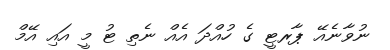
ނުވާނެއޭ ޕާރޓީ ގެ ހުއްދަ އެއް ނެތި ޓު މީ އައި އޭމް